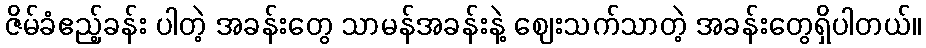
ဇိမ်ခံဧည့်ခန်း ပါတဲ့ အခန်းတွေ သာမန်အခန်းနဲ့ ဈေးသက်သာတဲ့ အခန်းတွေရှိပါတယ်။